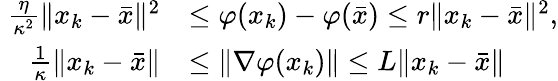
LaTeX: \begin{array}{rl}{\frac{\eta}{\kappa^{2}}\| x_{k}-\bar{x}\| ^{2}}&{\le\varphi(x_{k})-\varphi(\bar{x})\leq r\| x_{k}-\bar{x}\| ^{2},}\\ {\quad\frac{1}{\kappa}\| x_{k}-\bar{x}\| }&{\leq\| \nabla\varphi(x_{k})\| \leq L\| x_{k}-\bar{x}\| }\end{array}